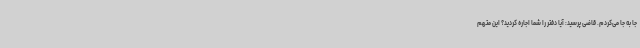
جا به جا می‌کردم. قاضی پرسید: آیا دفتر را شما اجاره کردید؟ این متهم